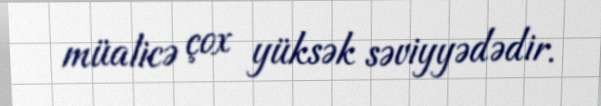
müalicə çox yüksək səviyyədədir.